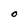
Character: O